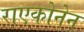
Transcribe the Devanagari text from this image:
राएकोनेन